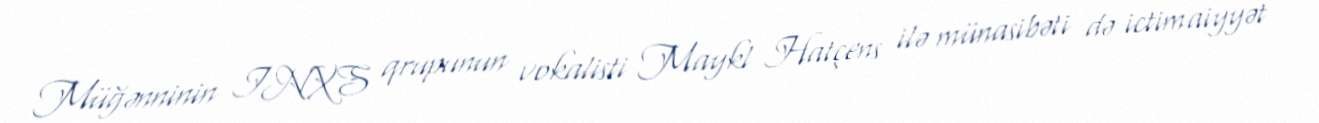
Müğənninin INXS qrupunun vokalisti Maykl Hatçens ilə münasibəti də ictimaiyyət